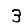
Digit: 3